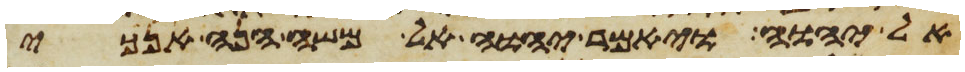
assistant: אל יהוה ויאמר יהוה אל משה הנה אנכי